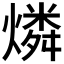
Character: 燐